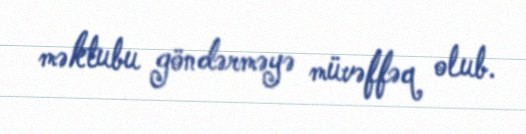
məktubu göndərməyə müvəffəq olub.